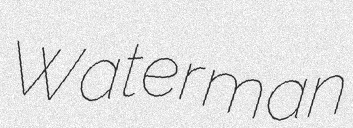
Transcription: Waterman